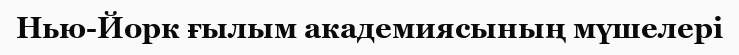
Нью-Йорк ғылым академиясының мүшелері